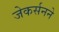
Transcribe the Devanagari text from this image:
जेकर्सनने